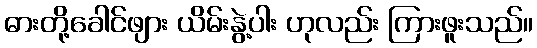
ဓားတို့ခေါင်ဖျား ယိမ်းနွဲ့ပါး ဟုလည်း ကြားဖူးသည်။